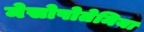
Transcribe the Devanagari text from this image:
मेसोपोतेमिया